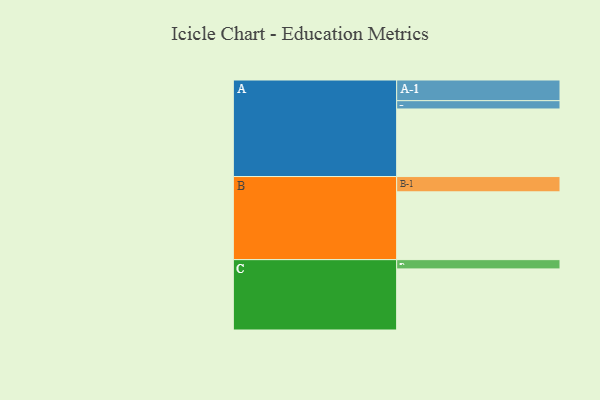
{"axis": {"x": "Segment", "y": "Value"}, "legend": ["", "A", "B", "C"], "data": [{"x": "A", "y": 562, "type": ""}, {"x": "B", "y": 564, "type": ""}, {"x": "C", "y": 508, "type": ""}, {"x": "A-1", "y": 172, "type": "A"}, {"x": "A-2", "y": 69, "type": "A"}, {"x": "B-1", "y": 127, "type": "B"}, {"x": "C-1", "y": 77, "type": "C"}]}